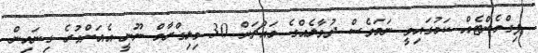
ޕިގްމެންޓެއް ކަމުގައިވީ ނަމަވެސް ދުވާލެއްގެ މައްޗަށް 30 މިލިގްރާމް ނޫނީ އެއަށްވުރެ ގިނައިން